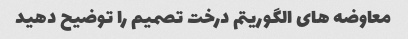
معاوضه های الگوریتم درخت تصمیم را توضیح دهید